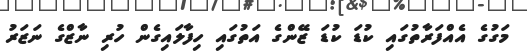
މަގުގެ އެއްފަރާތުގައި ކުޑަ ކުޑަ ޒޭންގެ އަތުގައި ހިފާލައިގެން ހުރި ނާޒްގެ ނަޒަރު